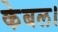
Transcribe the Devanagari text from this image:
केबल।